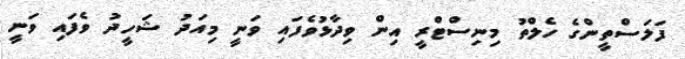
ފަލަސްތީންގެ ހެލްތު މިނިސްޓްރީ އިން ވިދާޅުވެފައި ވަނީ މިއަދު ޝަހީދު ވެފައި ވަނީ